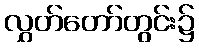
လွှတ်တော်တွင်း၌